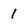
Character: 1